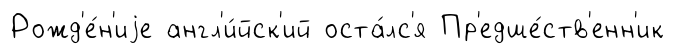
Рожд'е́н'иjе англ'и́йск'ий оста́лс'я Пр'едше́ств'енн'ик